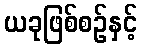
ယခုဖြစ်စဉ်နှင့်